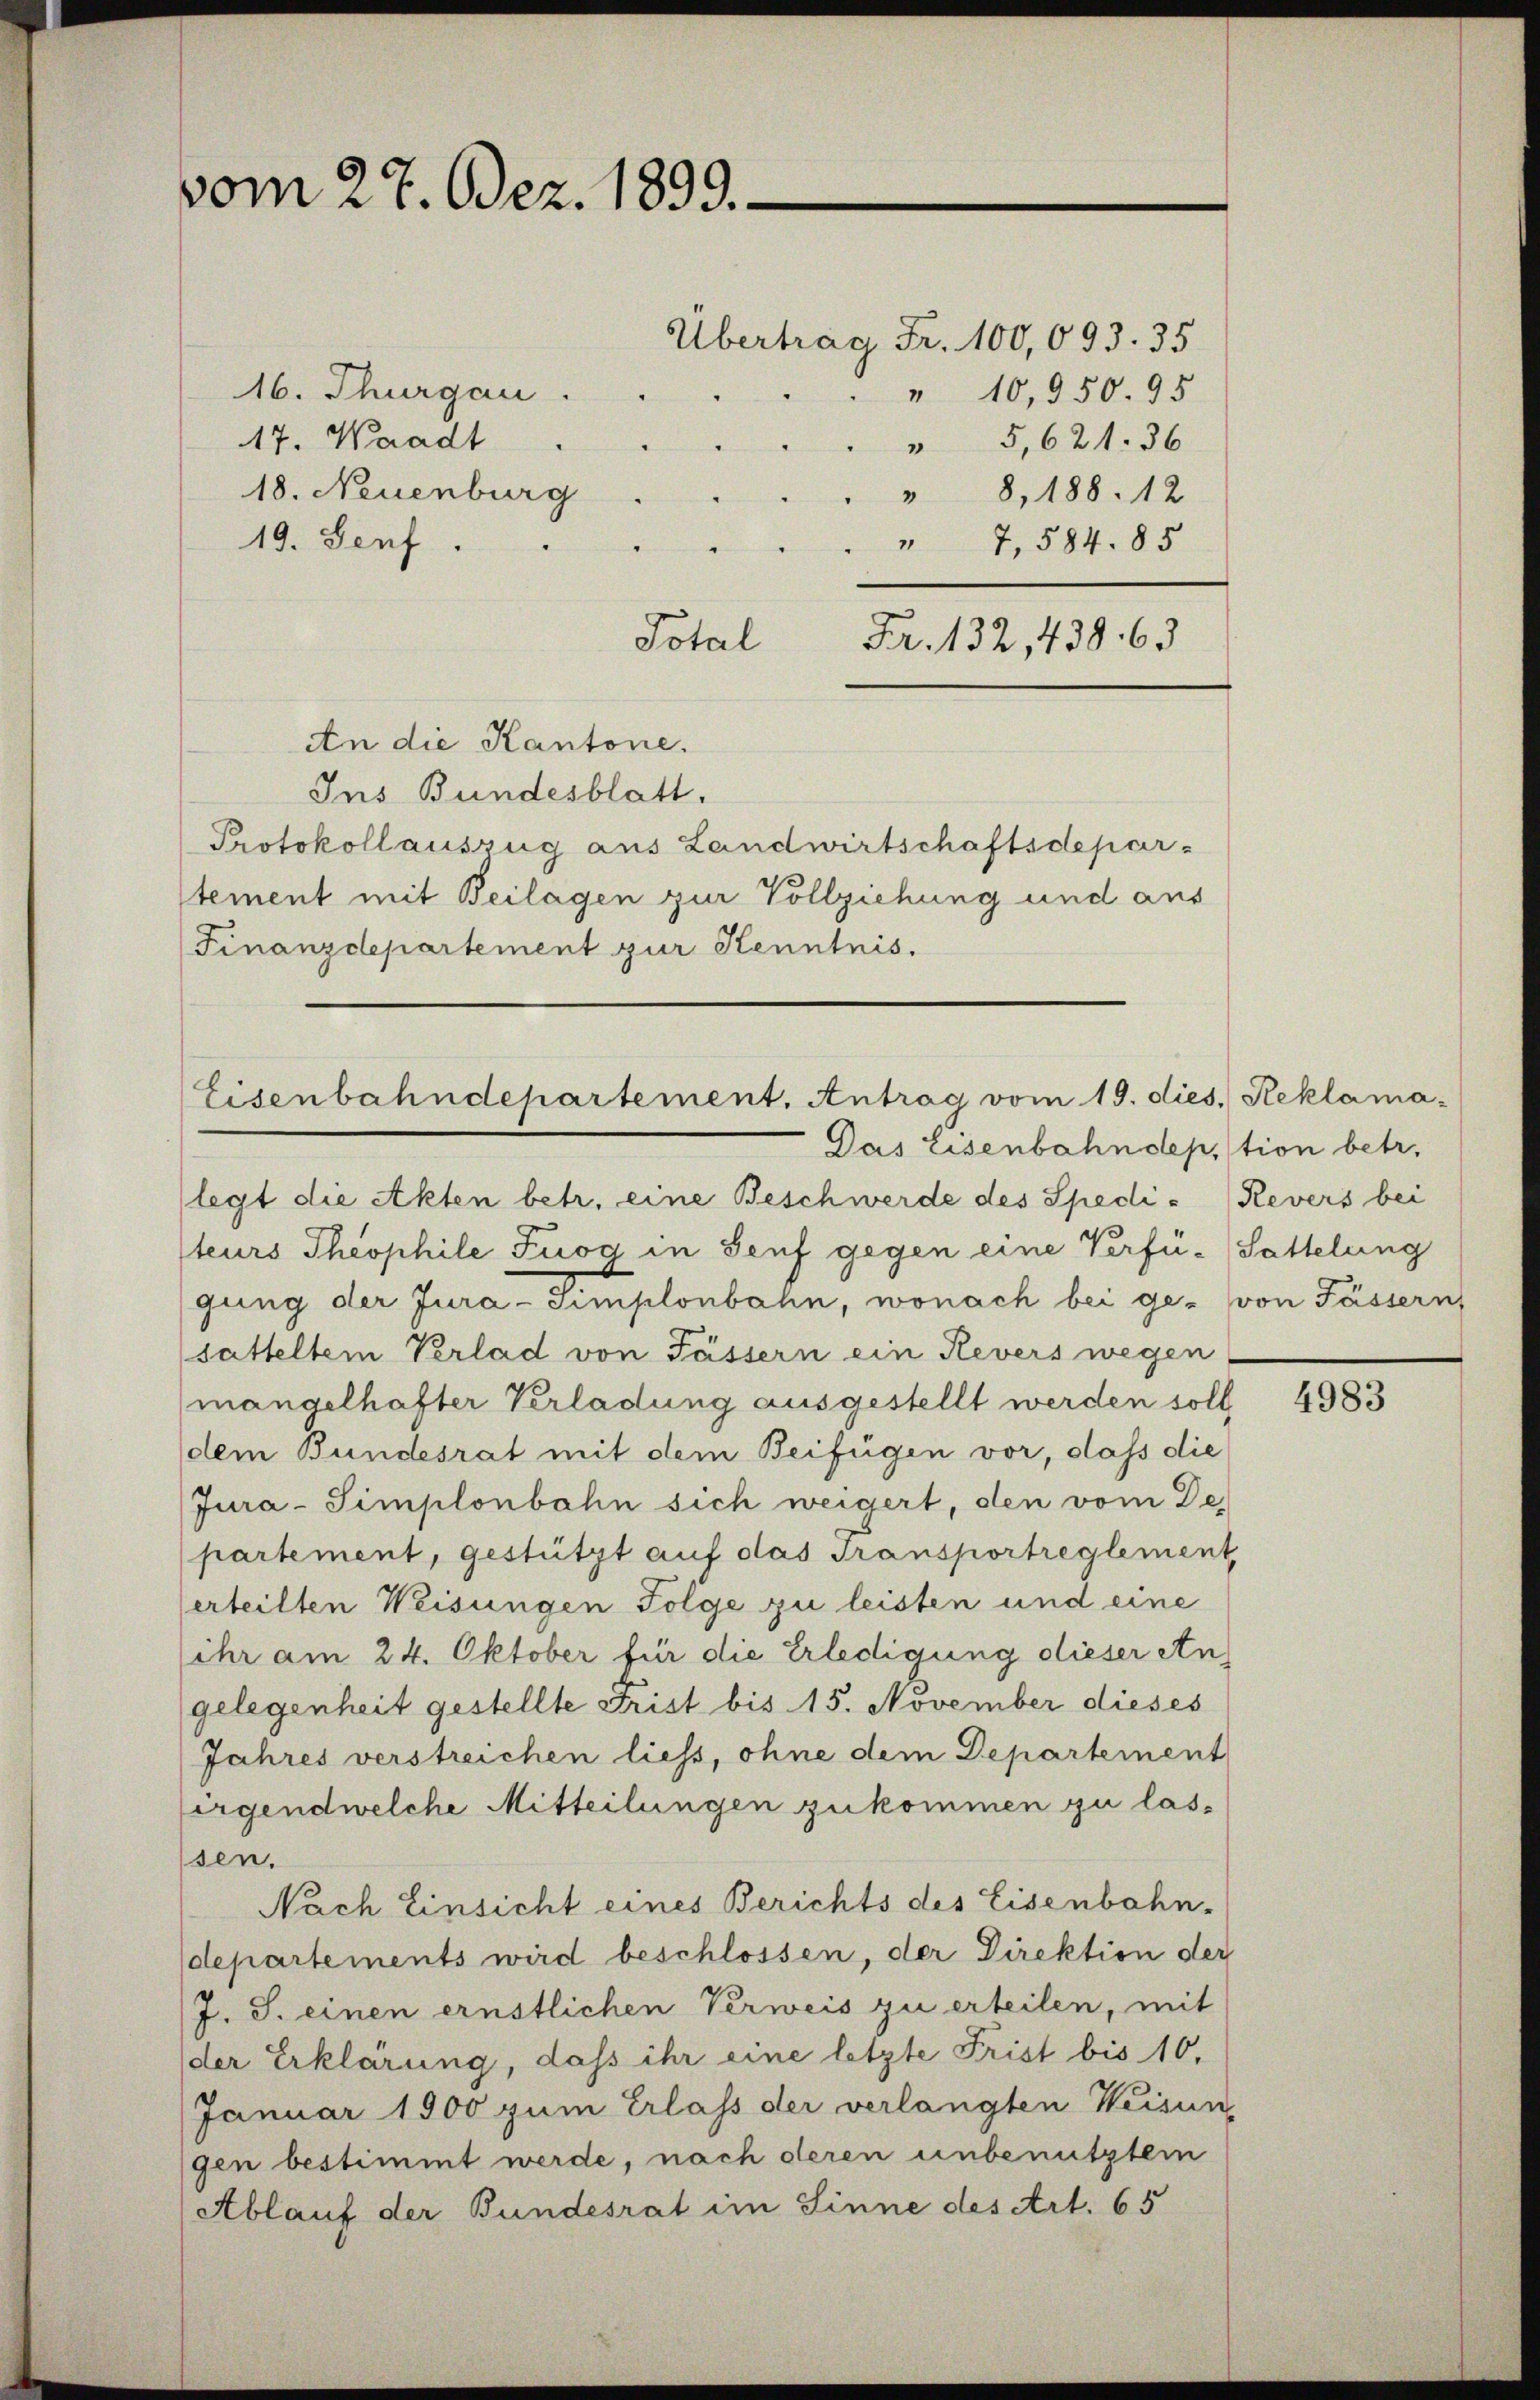
vom 27. Dez. 1899.

Übertrag Fr. 100,093. 35
16. Thurgau
" 10,950. 95
17. Waadt
" 5,621. 36
18. Neuenburg
" 8, 188. 12
19. Senf
" 7,584. 85
Total
Fr. 132, 438. 63
An die Kantone.
Ins Bundesblatt.
Protokoll auszug aus Landwirtschaftsdepar-
stement mit Beilagen zur Vollziehung und aus
Finanzdepartement zur Kenntnis.

Eisenbahndepartement. Antrag vom 19. dies, Reklama¬

Das Eisenbahndeption betr.
legt die Akten betr. eine Beschwerde des Spedi- Revers bei
teurs Theophile Fuog in Senf gegen eine Verfü-Sattelung
gung der Jura-Simplonbahn, wonach bei ge- von Fässern,
satteltem Verlad von Fässern ein Revers wegen
mangelhafter Verladung ausgestellt werden soll
dem Bundesrat mit dem Beifügen vor, dass die
Jura-Simplonbahn sich weigert, den vom De
partement, gestützt auf das Transportreglement
erteilten Weisungen Folge zu leisten und eine
ihr am 24. Oktober für die Erledigung dieser An-
gelegenheit gestellte Frist bis 15. November dieses
Jahres verstreichen liess, ohne dem Departement
irgendwelche Mitteilungen zukommen zu lassen.
Nach Einsicht eines Berichts des Eisenbahn-
departements wird beschlossen, der Direktion der
J. J. einen ernstlichen Verweis zu erteilen, mit
der Erklärung, dass ihr eine letzte Frist bis 10,
Januar 1900 zum Erlass der verlangten Weisun
gen bestimmt werde, nach deren unbenutztem
Ablauf der Bundesrat im Sinne des Art. 65

4983